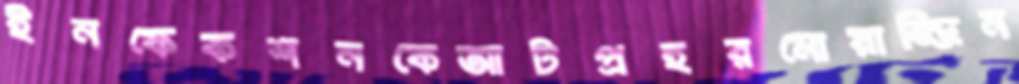
ইনফেকশনকেআটপ্রহরমোয়াজ্জিন